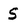
Character: S